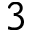
3